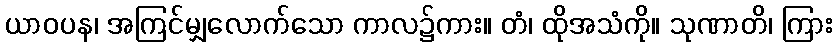
ယာဝပန၊ အကြင်မျှလောက်သော ကာလ၌ကား။ တံ၊ ထိုအသံကို။ သုဏာတိ၊ ကြား